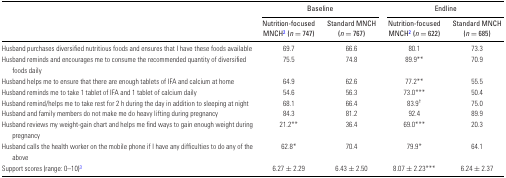
<table><thead><tr><td></td><td colspan="2"><b>Baseline</b></td><td colspan="2"><b>Endline</b></td></tr><tr><td></td><td><b>Nutrition-focused MNCH<sup>2</sup> (<i>n</i> = 747)</b></td><td><b>Standard MNCH (<i>n</i> = 767)</b></td><td><b>Nutrition-focused MNCH<sup>2</sup> (<i>n</i> = 622)</b></td><td><b>Standard MNCH (<i>n</i> = 685)</b></td></tr></thead><tbody><tr><td>Husband purchases diversified nutritious foods and ensures that I have these foods available</td><td>69.7</td><td>66.6</td><td>80.1</td><td>73.3</td></tr><tr><td>Husband reminds and encourages me to consume the recommended quantity of diversified foods daily</td><td>75.5</td><td>74.8</td><td>89.9**</td><td>70.9</td></tr><tr><td>Husband helps me to ensure that there are enough tablets of IFA and calcium at home</td><td>64.9</td><td>62.6</td><td>77.2**</td><td>55.5</td></tr><tr><td>Husband reminds me to take 1 tablet of IFA and 1 tablet of calcium daily</td><td>54.6</td><td>56.3</td><td>73.0***</td><td>50.4</td></tr><tr><td>Husband remind/helps me to take rest for 2 h during the day in addition to sleeping at night</td><td>68.1</td><td>66.4</td><td>83.9<sup>†</sup></td><td>75.0</td></tr><tr><td>Husband and family members do not make me do heavy lifting during pregnancy</td><td>84.3</td><td>81.2</td><td>92.4</td><td>89.9</td></tr><tr><td>Husband reviews my weight-gain chart and helps me find ways to gain enough weight during pregnancy</td><td>21.2**</td><td>36.4</td><td>69.0***</td><td>20.3</td></tr><tr><td>Husband calls the health worker on the mobile phone if I have any difficulties to do any of the above</td><td>62.8*</td><td>70.4</td><td>79.9*</td><td>64.1</td></tr><tr><td>Support scores (range: 0–10)<sup>3</sup></td><td>6.27 ± 2.29</td><td>6.43 ± 2.50</td><td>8.07 ± 2.23***</td><td>6.24 ± 2.37</td></tr></tbody></table>